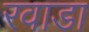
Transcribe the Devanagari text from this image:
रवाडा